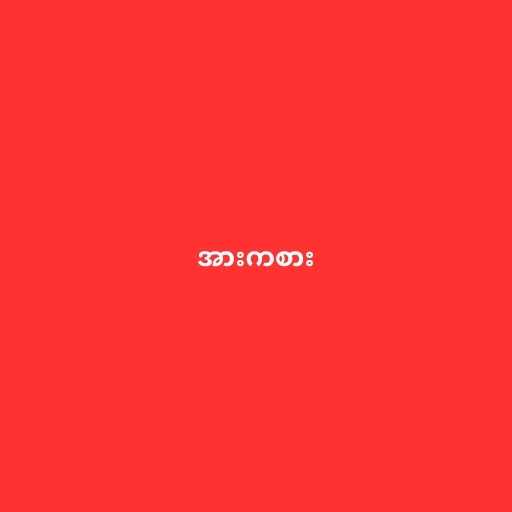
အားကစား